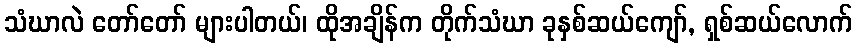
သံဃာလဲ တော်တော် များပါတယ်၊ ထိုအချိန်က တိုက်သံဃာ ခုနှစ်ဆယ်ကျော်, ရှစ်ဆယ်လောက်